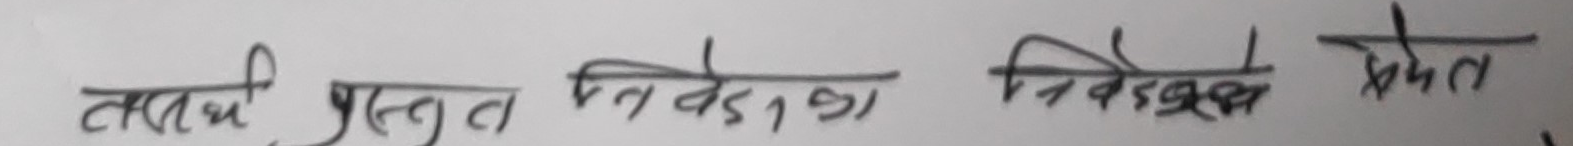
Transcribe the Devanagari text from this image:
तत्त्वी प्रस्तुत निवेदन निवेदक श्मेत